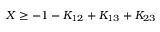
X \ge - 1 - K _ { 1 2 } + K _ { 1 3 } + K _ { 2 3 }